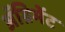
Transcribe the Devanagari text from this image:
अॅग्रिमेंट